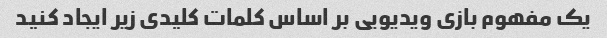
یک مفهوم بازی ویدیویی بر اساس کلمات کلیدی زیر ایجاد کنید